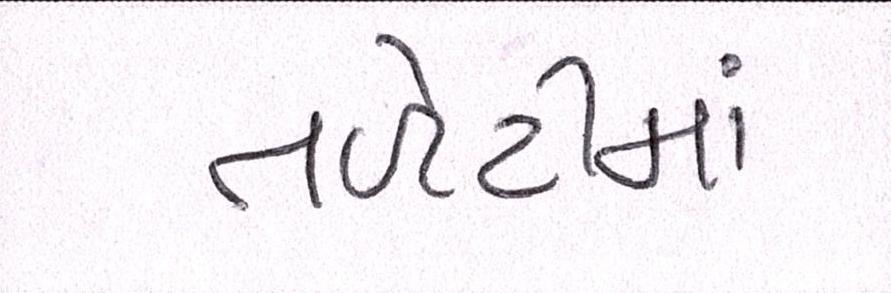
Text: તળેટીમાં